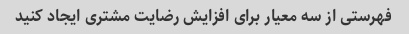
فهرستی از سه معیار برای افزایش رضایت مشتری ایجاد کنید